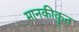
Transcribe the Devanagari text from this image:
मानकीकॄत